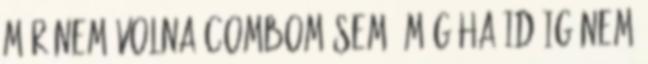
már nem volna combom sem, még ha idáig nem